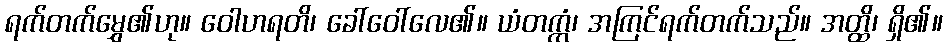
ရက်တက်မွှေ၏ဟု။ ဝေါဟရတိ၊ ခေါ်ဝေါ်လေ၏။ ယံတက္ကံ၊ အကြင်ရက်တက်သည်။ အတ္ထိ၊ ရှိ၏။